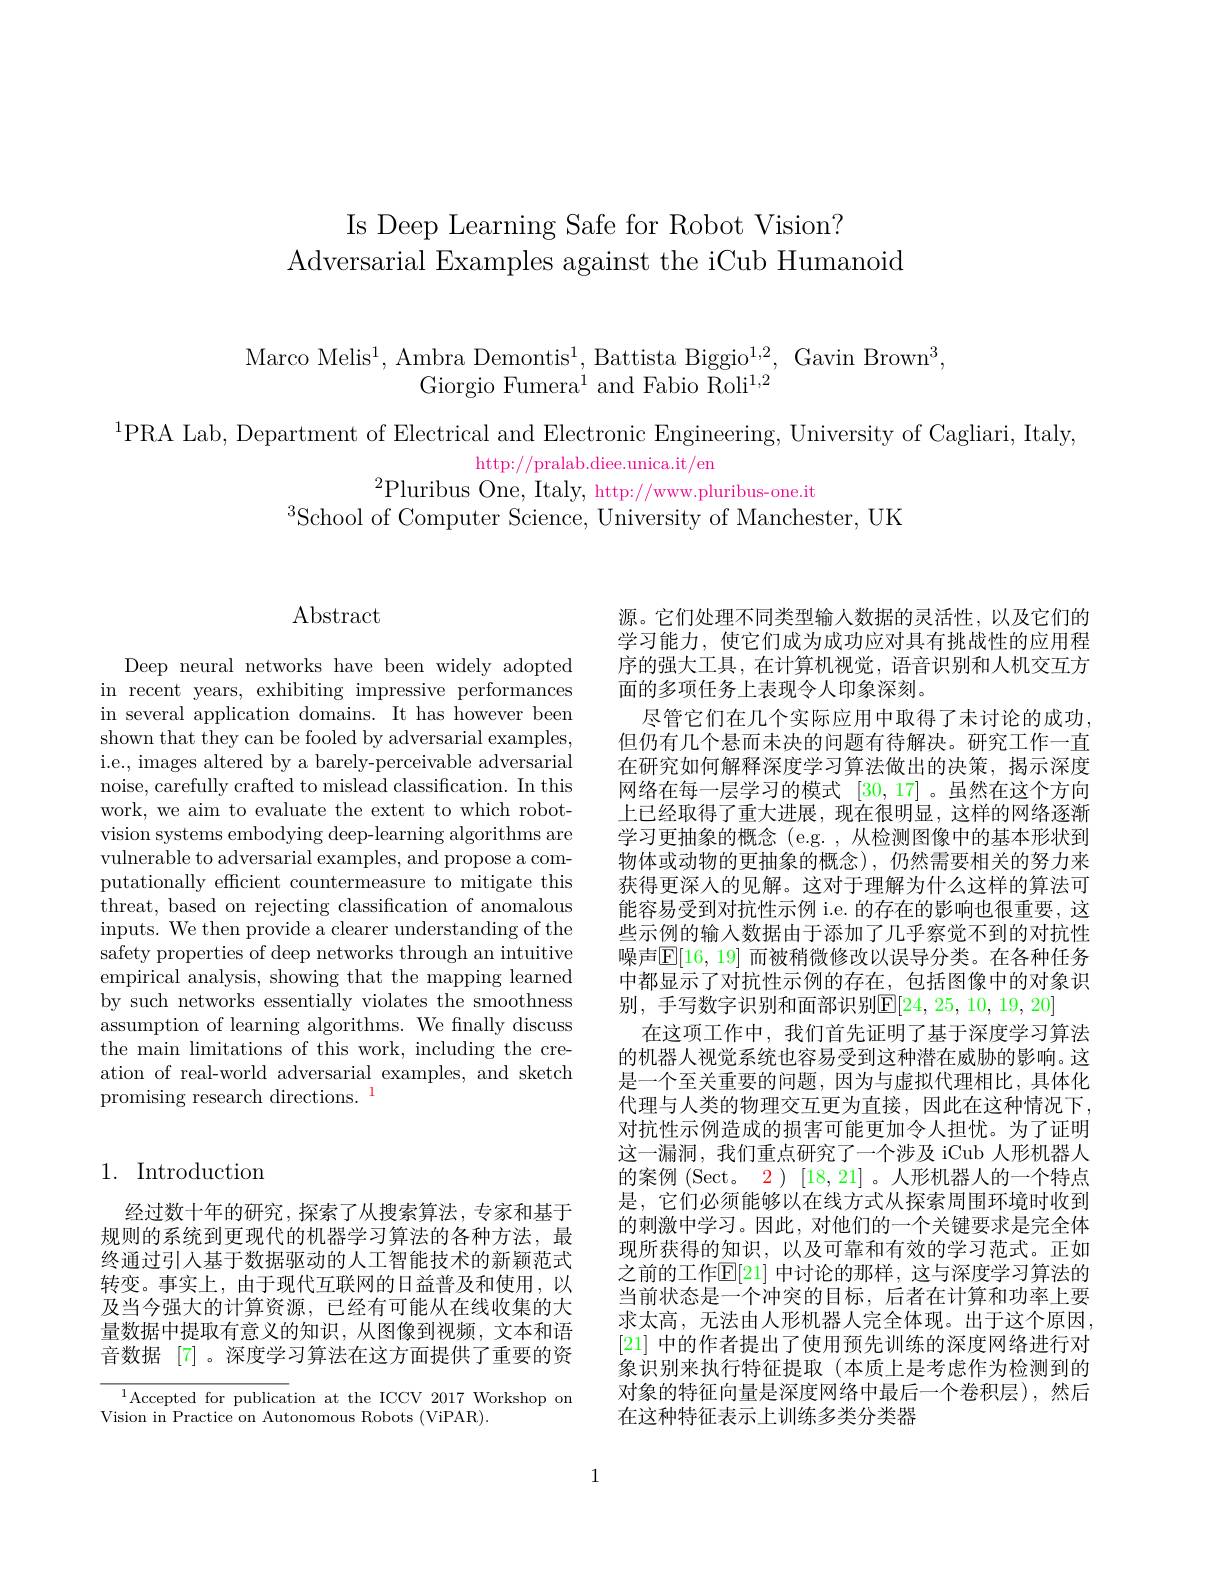
Is Deep Learning Safe for Robot Vision?
Adversarial Examples against the iCub Humanoid

Marco Melis$^1$,Ambra Demontis$^1$,Battista Biggio$^1,2$,Gavin Brown$^3$,
Giorgio Fumera$^1$ and Fabio Roli$^{1,2}$

$^{1}$PRA Lab, Department of Electrical and Electronic Engineering, University of Cagliari, Italy,
http: / / pralab. diee. unica. it/ en
$^{2}$Pluribus One, Italy, http://www.pluribus-one.it

$^3$School of Computer Science, University of Manchester, UK

# Abstract

Deep neural networks have been widely adopted in recent years, exhibiting impressive performances in several application domains. It has however been shown that they can be fooled by adversarial examples, i.e., images altered by a barely-perceivable adversarial noise, carefully crafted to mislead classification. In this work, we aim to evaluate the extent to which robotvision systems embodying deep-learning algorithms are vulnerable to adversarial examples, and propose a computationally efficient countermeasure to mitigate this threat, based on rejecting classification of anomalous inputs. We then provide a clearer understanding of the safety properties of deep networks through an intuitive empirical analysis, showing that the mapping learned by such networks essentially violates the smoothness assumption of learning algorithms. We fnally discuss the main limitations of this work, including the creation of real-world adversarial examples, and sketch promising research directions. 1

# 1. Introduction

经过数十年的研究，探索了从搜索算法，专家和基于规则的系统到更现代的机器学习算法的各种方法，最终通过引入基于数据驱动的人工智能技术的新颖范式转变。事实上，由于现代互联网的日益普及和使用，以及当今强大的计算资源，已经有可能从在线收集的大量数据中提取有意义的知识，从图像到视频，文本和语音数据 [7]。深度学习算法在这方面提供了重要的资

$^{1}$Accepted for publication at the ICCV 2017 Workshop on
Vision in Practice on Autonomous Robots (ViPAR).

源。它们处理不同类型输入数据的灵活性，以及它们的学习能力，使它们成为成功应对具有挑战性的应用程序的强大工具，在计算机视觉，语音识别和人机交互方面的多项任务上表现令人印象深刻。
尽管它们在几个实际应用中取得了未讨论的成功， 但仍有几个悬而未决的问题有待解决。研究工作一直在研究如何解释深度学习算法做出的决策，揭示深度网络在每一层学习的模式[30,17] 。虽然在这个方向上已经取得了重大进展，现在很明显，这样的网络逐渐学习更抽象的概念(e.g.,从检测图像中的基本形状到物体或动物的更抽象的概念),仍然需要相关的努力来获得更深人的见解。这对于理解为什么这样的算法可能容易受到对抗性示例 i.e. 的存在的影响也很重要，这些示例的输入数据由于添加了几乎察觉不到的对抗性噪声$\mathbb{E}[16$, 19] 而被稍微修改以误导分类。在各种任务中都显示了对抗性示例的存在，包括图像中的对象识别，手写数字识别和面部识别$\mathbb{E}[24,25,10,19,20]$
在这项工作中，我们首先证明了基于深度学习算法的机器人视觉系统也容易受到这种潜在威胁的影响。这是一个至关重要的问题，因为与虚拟代理相比，具体化代理与人类的物理交互更为直接，因此在这种情况下， 对抗性示例造成的损害可能更加令人担忧。为了证明这一漏洞，我们重点研究了一个涉及 iCub 人形机器人的案例 (Sect。2) [18,21] 。人形机器人的一个特点是，它们必须能够以在线方式从探索周围环境时收到的刺激中学习。因此，对他们的一个关键要求是完全体现所获得的知识，以及可靠和有效的学习范式。正如之前的工作$\mathbb{E}[21]$ 中讨论的那样，这与深度学习算法的当前状态是一个冲突的目标，后者在计算和功率上要求太高，无法由人形机器人完全体现。出于这个原因， [21]中的作者提出了使用预先训练的深度网络进行对象识别来执行特征提取(本质上是考虑作为检测到的对象的特征向量是深度网络中最后一个卷积层),然后在这种特征表示上训练多类分类器

1